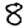
Digit: 8